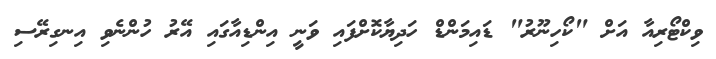
ވިކްޓޯރިއާ އަށް "ކޯހިނޫރު" ޑައިމަންޑް ހަދިޔާކޮށްފައި ވަނީ އިންޑިއާގައި އޭރު ހުންނެވި އިނގިރޭސި